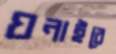
ঘনাইবে